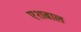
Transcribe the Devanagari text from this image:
एशबाल